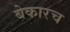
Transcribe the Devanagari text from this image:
बेकारच